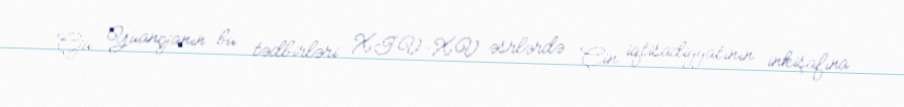
Çju Yuançjanın bu tədbirləri XIV-XV əsrlərdə Çin iqtisadiyyatının inkişafına